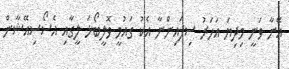
އޭނާ ވަނީ މިދިޔަ އަހަރު ސިފައިންނާ އެކު ގައުމީ ވޮލީބޯޅަ ލީގާއި އެސޯސިއޭޝާން